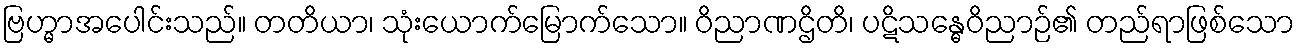
ဗြဟ္မာအပေါင်းသည်။ တတိယာ၊ သုံးယောက်မြောက်သော။ ဝိညာဏဌိတိ၊ ပဋိသန္ဓေဝိညာဉ်၏ တည်ရာဖြစ်သော